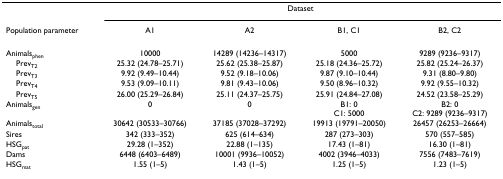
<table><thead><tr><td></td><td colspan="4"><b>Dataset</b></td></tr><tr><td><b>Population parameter</b></td><td><b>A1</b></td><td><b>A2</b></td><td><b>B1, C1</b></td><td><b>B2, C2</b></td></tr></thead><tbody><tr><td>Animals<sub>phen</sub></td><td>10000</td><td>14289 (14236–14317)</td><td>5000</td><td>9289 (9236–9317)</td></tr><tr><td> Prev<sub>T2</sub></td><td>25.32 (24.78–25.71)</td><td>25.62 (25.38–25.87)</td><td>25.18 (24.36–25.72)</td><td>25.82 (25.24–26.37)</td></tr><tr><td> Prev<sub>T3</sub></td><td>9.92 (9.49–10.44)</td><td>9.52 (9.18–10.06)</td><td>9.87 (9.10–10.44)</td><td>9.31 (8.80–9.80)</td></tr><tr><td> Prev<sub>T4</sub></td><td>9.53 (9.09–10.11)</td><td>9.81 (9.43–10.06)</td><td>9.50 (8.96–10.32)</td><td>9.92 (9.55–10.32)</td></tr><tr><td> Prev<sub>T5</sub></td><td>26.00 (25.29–26.84)</td><td>25.11 (24.37–25.75)</td><td>25.91 (24.84–27.08)</td><td>24.52 (23.58–25.29)</td></tr><tr><td>Animals<sub>gen</sub></td><td>0</td><td>0</td><td>B1: 0C1: 5000</td><td>B2: 0C2: 9289 (9236–9317)</td></tr><tr><td>Animals<sub>total</sub></td><td>30642 (30533–30766)</td><td>37185 (37028–37292)</td><td>19913 (19791–20050)</td><td>26457 (26253–26664)</td></tr><tr><td>Sires</td><td>342 (333–352)</td><td>625 (614–634)</td><td>287 (273–303)</td><td>570 (557–585)</td></tr><tr><td>HSG<sub>pat</sub></td><td>29.28 (1–352)</td><td>22.88 (1–135)</td><td>17.43 (1–81)</td><td>16.30 (1–81)</td></tr><tr><td>Dams</td><td>6448 (6403–6489)</td><td>10001 (9936–10052)</td><td>4002 (3946–4033)</td><td>7556 (7483–7619)</td></tr><tr><td>HSG<sub>mat</sub></td><td>1.55 (1–5)</td><td>1.43 (1–5)</td><td>1.25 (1–5)</td><td>1.23 (1–5)</td></tr></tbody></table>